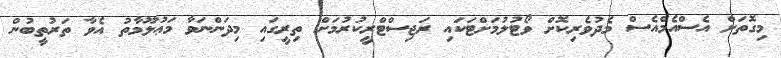
މިގޮތަށް އެސްއެމްއެސް މެދުވެރިކޮށް ވޯޓުލުމަށްޓަކައި ރަޖިސްޓްރީކުރުމަށް ތިރީގައި މިދަންނަވާ މަޢުލޫމާތު އެވާ ތަރުތީބުން